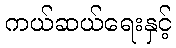
ကယ်ဆယ်ရေးနှင့်